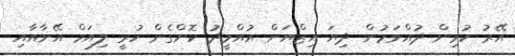
އޭރު ކުރިން ދުއްވަމުން ދިޔަ އިޒްޔަން އުއްމީދު ކޮށްގެން ހުރީ ލިއަމް އޭނާއާއި